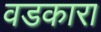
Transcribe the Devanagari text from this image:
वडकारा